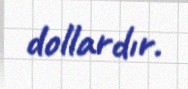
dollardır.